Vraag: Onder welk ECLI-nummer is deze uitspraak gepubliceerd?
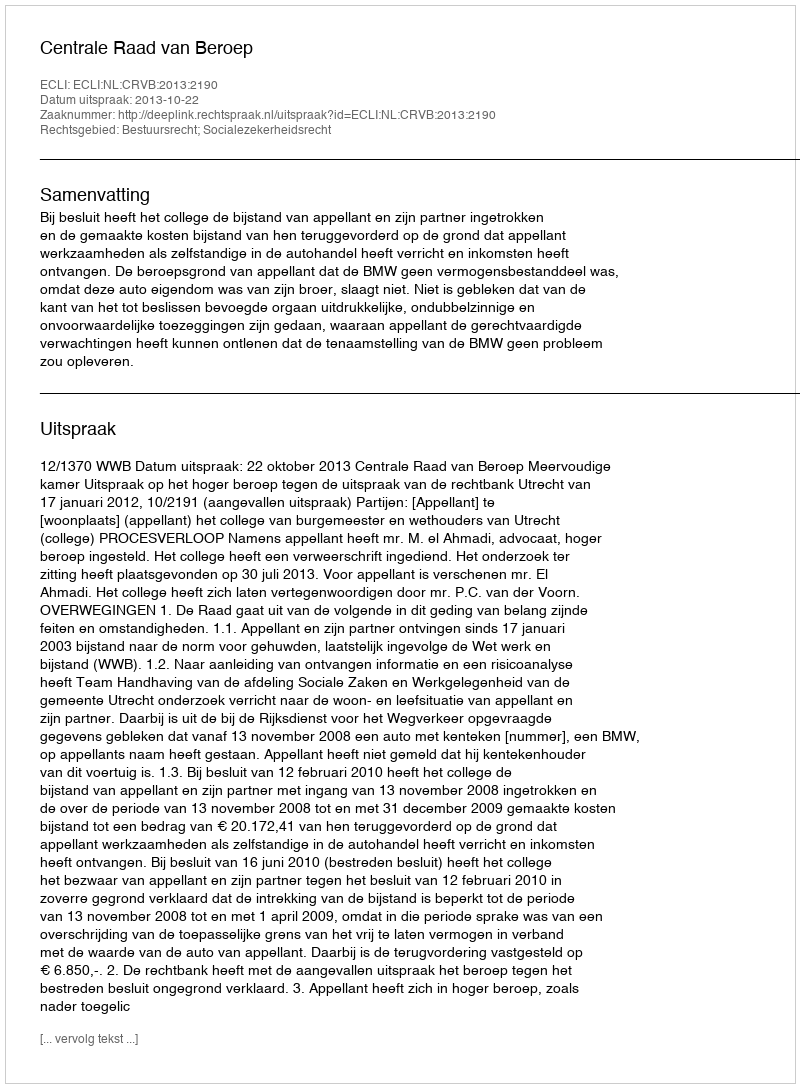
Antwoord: ECLI:NL:CRVB:2013:2190